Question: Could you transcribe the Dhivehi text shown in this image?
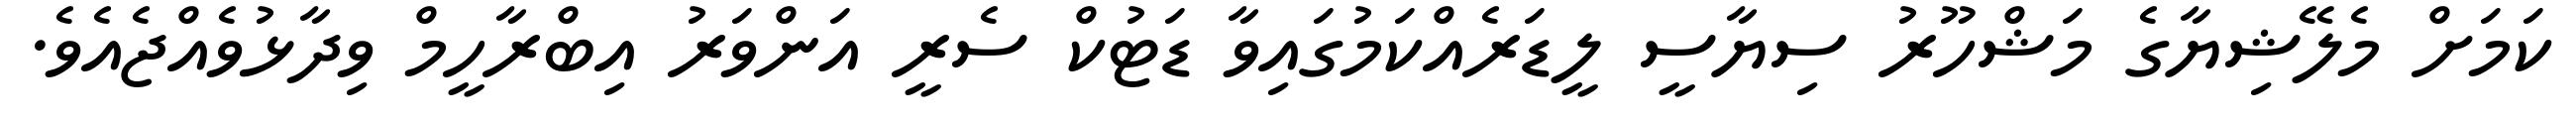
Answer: ކަމަށް މެލޭޝިޔާގެ މަޝްހޫރު ސިޔާސީ ލީޑަރެއްކަމުގައިވާ ޑަޓުކް ސެރީ އަންވަރު އިބްރާހީމް ވިދާޅުވެއްޖެއެވެ.